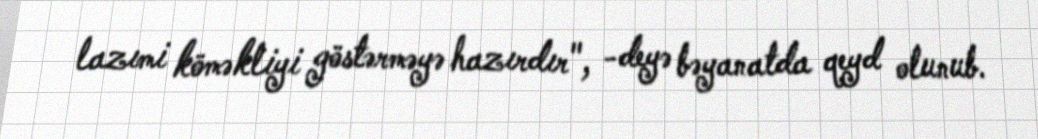
lazımi köməkliyi göstərməyə hazırdır", -deyə bəyanatda qeyd olunub.